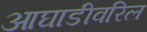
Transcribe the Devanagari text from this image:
आघाडीवरिल